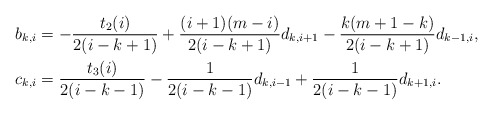
\begin{align*}b_{k,i} & =-\frac{t_2(i)}{2(i-k+1)}+\frac{(i+1)(m-i)}{2(i-k+1)}d_{k,i+1}-\frac{k(m+1-k)}{2(i-k+1)}d_{k-1,i}, \\c_{k,i} & =\frac{t_3(i)}{2(i-k-1)}-\frac{1}{2(i-k-1)}d_{k,i-1}+\frac{1}{2(i-k-1)}d_{k+1,i}. \end{align*}